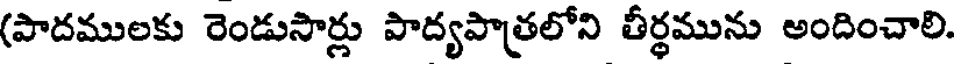
(పాదములకు రెండుసార్లు పాద్యపాత్రలోని తీర్థమును అందించాలి.